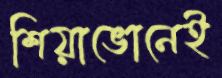
শিয়াভোনেই